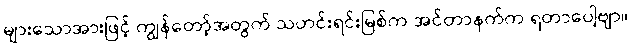
များသောအားဖြင့် ကျွန်တော့်အတွက် သတင်းရင်းမြစ်က အင်တာနက်က ရတာပေါ့ဗျာ။